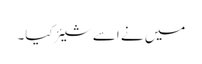
میں نے اسے شیئر کیا۔